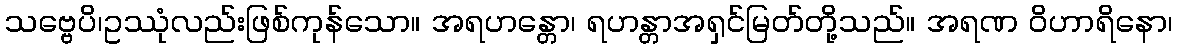
သဗ္ဗေပိ၊ဥဿုံလည်းဖြစ်ကုန်သော။ အရဟန္တော၊ ရဟန္တာအရှင်မြတ်တို့သည်။ အရဏ ဝိဟာရိနော၊